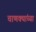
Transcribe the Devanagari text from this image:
चाणक्यांच्या